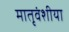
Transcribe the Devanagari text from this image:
मातृवंशीया